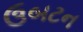
ઉબટન